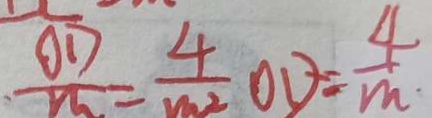
\frac { O D } { m } = \frac { 4 } { m ^ { 2 } } O D = \frac { 4 } { m }